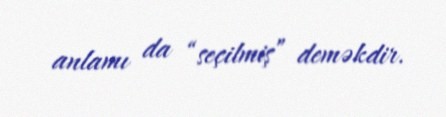
anlamı da “seçilmiş” deməkdir.